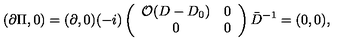
( \partial \Pi , 0 ) = ( \partial , 0 ) ( - i ) \left( \begin{array} { c c } { { \cal O } ( D - D _ { 0 } ) } & { 0 } \\ { 0 } & { 0 } \\ \end{array} \right) \bar { D } ^ { - 1 } = ( 0 , 0 ) ,